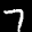
Digit: 7